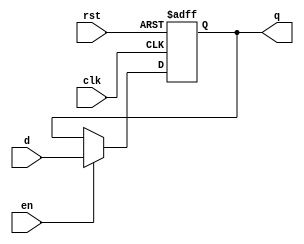
// 7 bit Register with synchronous enable input
module _7bitSync(
  input wire clk, rst, en,
  input wire [6:0] d,
  output reg [6:0] q
);
  always @(posedge clk, posedge rst)
    begin
      if (rst)
        q <= 7'b0000_000;
      else if (en)
        q <= d;
    end

endmodule